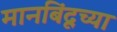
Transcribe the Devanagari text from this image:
मानबिंदूच्या